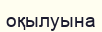
оқылуына